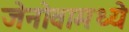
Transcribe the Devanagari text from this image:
जेनोवामध्ये